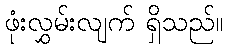
ဖုံးလွှမ်းလျက် ရှိသည်။